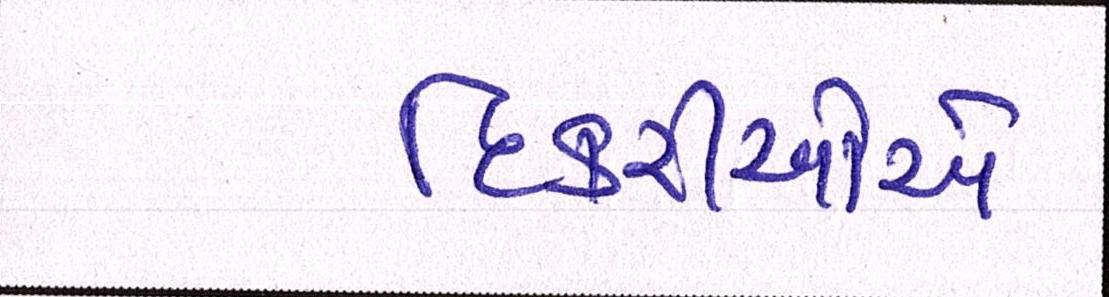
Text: દિકરીઓએ